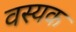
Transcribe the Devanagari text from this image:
वस्यक